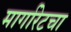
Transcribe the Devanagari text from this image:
मार्गारेटचा